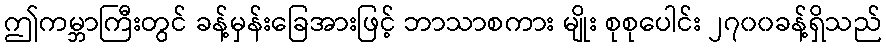
ဤကမ္ဘာကြီးတွင် ခန့်မှန်းခြေအားဖြင့် ဘာသာစကား မျိုး စုစုပေါင်း ၂၇၀၀ခန့်ရှိသည်